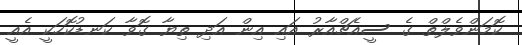
ކޮމަންވެލްތް ގެ ސީއެޗްއާރު އައި އިން އަދި ތިޔާ ގޮވާ ކަނޑުކޮހަކީ އެއީ